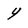
Character: 4